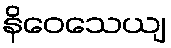
နိဝေသေယျ